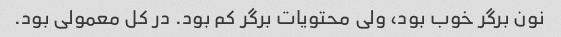
نون برگر خوب بود، ولی محتویات برگر کم بود. در کل معمولی بود.